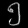
Digit: ၅